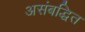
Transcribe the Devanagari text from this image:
असंबद्धित